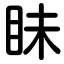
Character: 眛